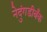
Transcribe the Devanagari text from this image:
नेदुंगडीबँक